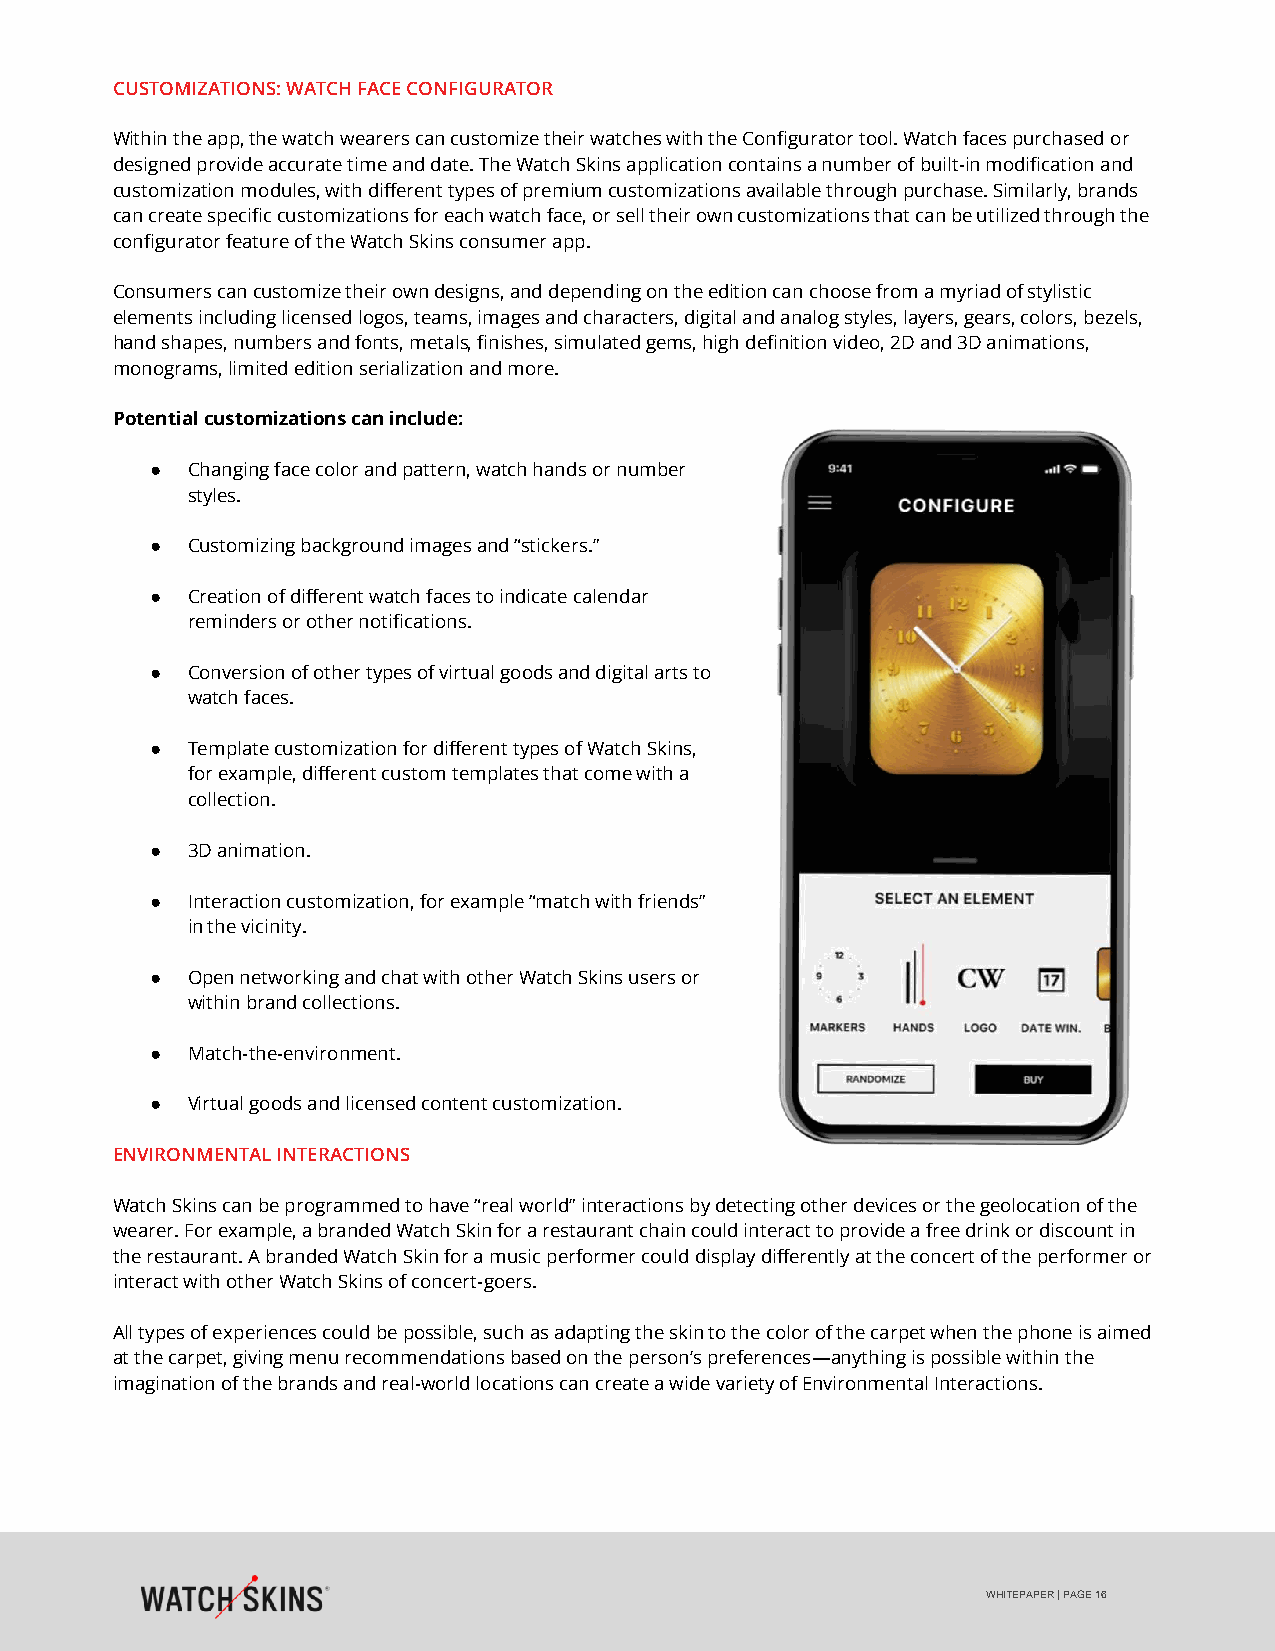
CUSTOMIZATIONS: WATCH FACE CONFIGURATOR
 Within the app, the watch wearers can customize their watches with the Configurator tool. Watch faces purchased or
 designed provide accurate time and date. The Watch Skins application contains a number of built-in modification and
 customization modules, with different types of premium customizations available through purchase. Similarly, brands
 can create specific customizations for each watch face, or sell their own customizations that can be utilized through the
 configurator feature of the Watch Skins consumer app.
 Consumers can customize their own designs, and depending on the edition can choose from a myriad of stylistic
 elements including licensed logos, teams, images and characters, digital and analog styles, layers, gears, colors, bezels,
 hand shapes, numbers and fonts, metals, finishes, simulated gems, high definition video, 2D and 3D animations,
 monograms, limited edition serialization and more.
 Potential customizations can include:
 ● Changing face color and pattern, watch hands or number
 styles.
 ● Customizing background images and “stickers.”
 ● Creation of different watch faces to indicate calendar
 reminders or other notifications.
 ● Conversion of other types of virtual goods and digital arts to
 watch faces.
 ● Template customization for different types of Watch Skins,
 for example, different custom templates that come with a
 collection.
 ● 3D animation.
 ● Interaction customization, for example “match with friends”
 in the vicinity.
 ● Open networking and chat with other Watch Skins users or
 within brand collections.
 ● Match-the-environment.
 ● Virtual goods and licensed content customization.
 ENVIRONMENTAL INTERACTIONS
 Watch Skins can be programmed to have “real world” interactions by detecting other devices or the geolocation of the
 wearer. For example, a branded Watch Skin for a restaurant chain could interact to provide a free drink or discount in
 the restaurant. A branded Watch Skin for a music performer could display differently at the concert of the performer or
 interact with other Watch Skins of concert-goers.
 All types of experiences could be possible, such as adapting the skin to the color of the carpet when the phone is aimed
 at the carpet, giving menu recommendations based on the person’s preferences—anything is possible within the
 imagination of the brands and real-world locations can create a wide variety of Environmental Interactions.
 WHITEPAPER | PAGE 16